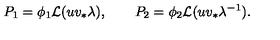
P _ { 1 } = \phi _ { 1 } { \cal L } ( u v _ { * } \lambda ) , \qquad P _ { 2 } = \phi _ { 2 } { \cal L } ( u v _ { * } \lambda ^ { - 1 } ) .